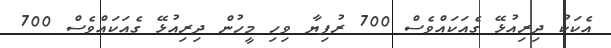
އެކަކު ދިރިއުޅޭ ގެއަކައްވެސް 700 ރުފިޔާ ވިހި މީހުން ދިރިއުޅޭ ގެއަކައްވެސް 700